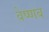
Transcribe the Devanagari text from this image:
वेष्णव